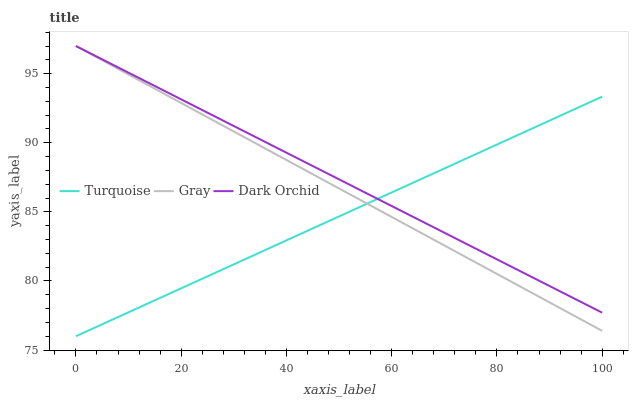
| xaxis_label | Turquoise | Gray | Dark Orchid |
 | --- | --- | --- | --- |
 | 0 | 76 | 97 | 97 |
 | 8.33 | 77.4 | 95.3 | 95.4 |
 | 16.7 | 78.9 | 93.6 | 93.8 |
 | 25 | 80.3 | 91.8 | 92.2 |
 | 33.3 | 81.8 | 90.1 | 90.6 |
 | 41.7 | 83.2 | 88.4 | 89 |
 | 50 | 84.7 | 86.7 | 87.4 |
 | 58.3 | 86.1 | 85 | 85.7 |
 | 66.7 | 87.6 | 83.3 | 84.1 |
 | 75 | 89 | 81.5 | 82.5 |
 | 83.3 | 90.4 | 79.8 | 80.9 |
 | 91.7 | 91.9 | 78.1 | 79.3 |
 | 100 | 93.3 | 76.4 | 77.7 |